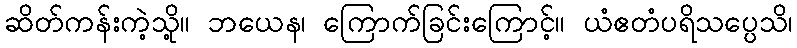
ဆိတ်ကန်းကဲ့သို့။ ဘယေန၊ ကြောက်ခြင်းကြောင့်။ ယံဧတံပရိသပ္ပေသိ၊